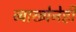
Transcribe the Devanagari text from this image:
व्याख्येनेही